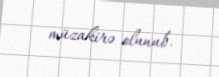
müzakirə olunub.